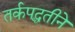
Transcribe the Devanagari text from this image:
तर्कपद्धतीने